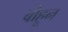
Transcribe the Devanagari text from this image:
बोहून